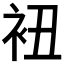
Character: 𧘥